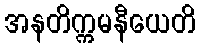
အနတိက္ကမနီယေတိ